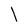
Character: I